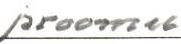
proomu